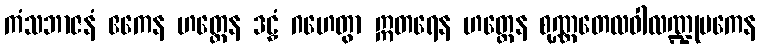
ကံသဘာဇနံ ဧကေန ဟတ္ထေန ဒဠှံ ဂဟေတွာ ဣတရေန ဟတ္ထေန စုဏ္ဏတေလဝါလဏ္ဍုပကေန